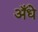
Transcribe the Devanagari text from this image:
अँधे